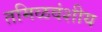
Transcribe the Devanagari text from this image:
तमिळवंशीय